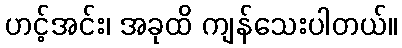
ဟင့်အင်း၊ အခုထိ ကျန်သေးပါတယ်။